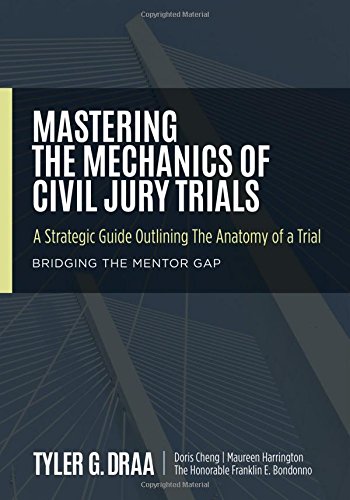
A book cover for Mastering The Mechanics Of Civil Jury Trials: A Strategic Guide Outlining The Anatomy Of A Trial; Tyler G. Draa; Law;